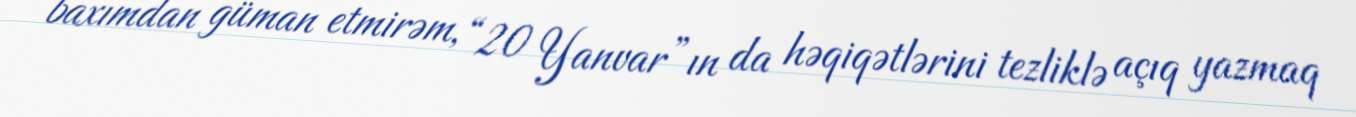
baxımdan güman etmirəm, “20 Yanvar”ın da həqiqətlərini tezliklə açıq yazmaq